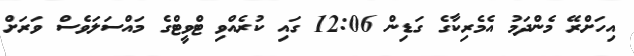
އިހަށްރޭ މެންދަމު އެމެރިކާގެ ގަޑިން 12:06 ގައި ކުރެއްވި ޓްވީޓްގެ މައްސަލަވެސް ވަރަށް